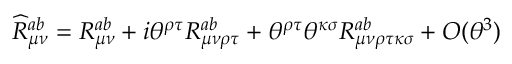
\widehat { R } _ { \mu \nu } ^ { a b } = R _ { \mu \nu } ^ { a b } + i \theta ^ { \rho \tau } R _ { \mu \nu \rho \tau } ^ { a b } + \theta ^ { \rho \tau } \theta ^ { \kappa \sigma } R _ { \mu \nu \rho \tau \kappa \sigma } ^ { a b } + O ( \theta ^ { 3 } )